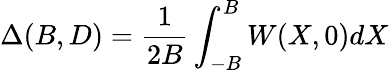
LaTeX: \Delta(B,D)=\frac{1}{2B}\int_{-B}^{B}W(X,0)dX